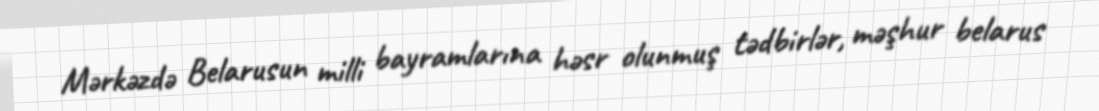
Mərkəzdə Belarusun milli bayramlarına həsr olunmuş tədbirlər, məşhur belarus